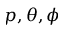
p , \theta , \phi